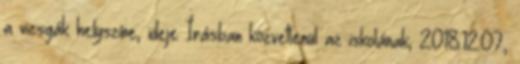
a vizsgák helyszíne, ideje Írásban közvetlenül az iskolának, 2018.12.07.,